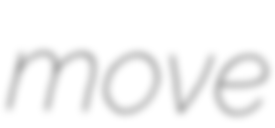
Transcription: move